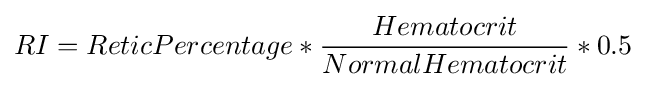
RI=ReticPercentage*{Hematocrit \over NormalHematocrit}*0.5